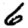
Digit: 6